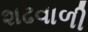
શઢવાળી